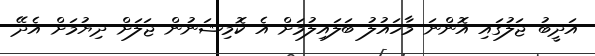
އަދީބު ޖަލުގައި އޮންނަ މާހައުލު ބަލައިލުމަށް އެ ކޮމިޝަނުން ޖަލަށް ދިޔުމަށް އެދޭ